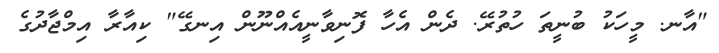
"އާނ. މީހަކު ބުނީތަ ހުތުރޭ. ދެން އެހާ ފޮނިވާނީއެއްނޫން އިނގޭ" ކިއާރާ އިމްޖާދުގެ